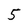
Character: 5